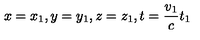
x = x _ { 1 } , y = y _ { 1 } , z = z _ { 1 } , t = \frac { v _ { 1 } } c t _ { 1 }